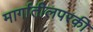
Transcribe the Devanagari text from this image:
मार्गातीलपरकी